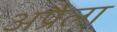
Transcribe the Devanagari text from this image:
अप्रैला